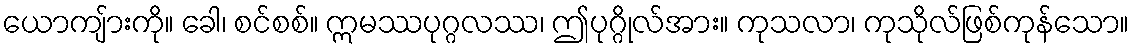
ယောကျ်ားကို။ ခေါ၊ စင်စစ်။ ဣမဿပုဂ္ဂလဿ၊ ဤပုဂ္ဂိုလ်အား။ ကုသလာ၊ ကုသိုလ်ဖြစ်ကုန်သော။